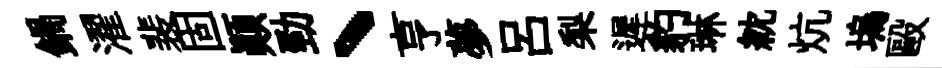
鍋濯裴固顚勁丶亨夢呂梨遲豹琳紞炕塢毆